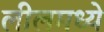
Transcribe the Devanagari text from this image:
लीलमध्ये